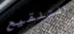
التلقيح